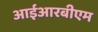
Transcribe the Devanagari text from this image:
आईआरबीएम